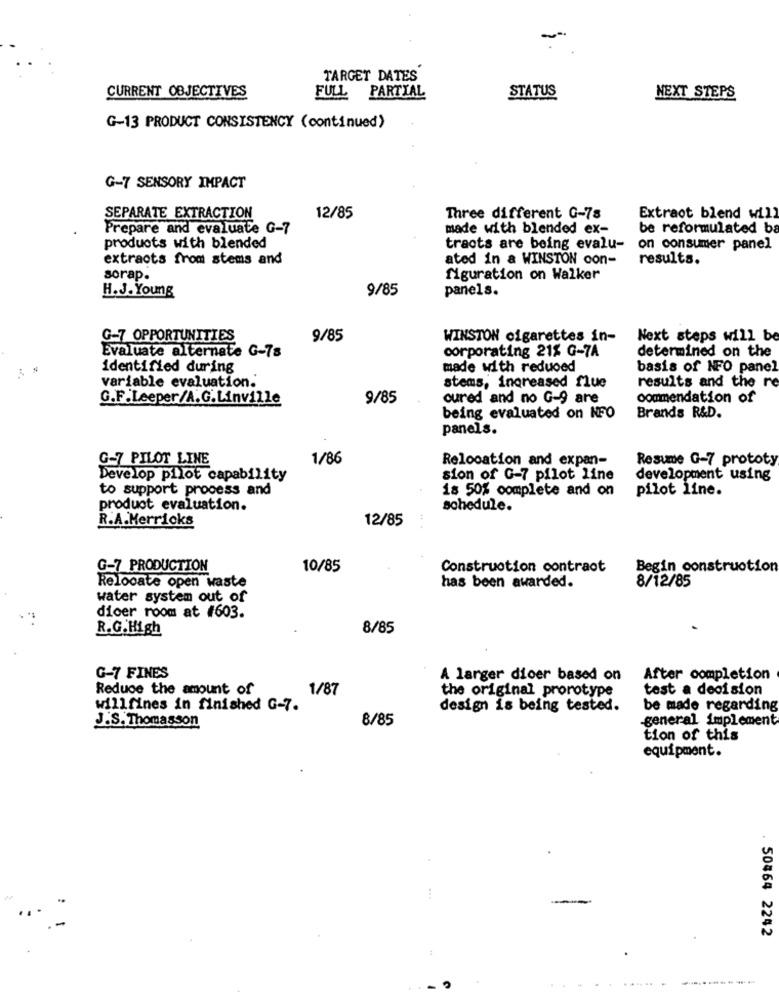
TARGET DATES
CURRENT OBJECTIVES
FULL
PARTIAL
STATUS
NEXT STEPS
G-13 PRODUCT CONSISTENCY (continued)
G-7 SENSORY IMPACT
SEPARATE EXTRACTION
12/85
Three different G-78
Extraot blend will
Prepare and evaluate G-7
made with blended ex-
be reformulated ba
products with blended
tracts are being evalu- on consumer panel
extracts from stems and
ated in a WINSTON con-
results.
sorap.
figuration on Walker
H.J. Young
9/85
panels.
G-7 OPPORTUNITIES
9/85
WINSTON cigarettes in-
Next steps will be
Evaluate alternate G-7s
corporating 21% G-7A
determined on the
identified during
made with reduced
basis of NFO panel
variable evaluation.
stems, increased flue
results and the re
G.F.Leeper/A.G.Linville
9/85
oured and no G-9 are
commendation of
being evaluated on NFO
Brands R&D.
panels.
G-7 PILOT LINE
1/86
Relocation and expan-
Resume G-7 prototy
Develop pilot capability
sion of G-7 pilot line
development using
to support process and
18 50% complete and on
pilot line.
product evaluation.
schedule.
R.A.Merricks
12/85
G-7 PRODUCTION
10/85
Construction contraot
Begin construction
has been awarded.
Relocate open waste
8/12/85
water system out of
dicer room at #603.
R.G.High
8/85
G-7 FINES
A larger dicer based on
After completion
Reduce the amount of
1/87
the original prorotype
test a decision
willfines in finished G-7.
design is being tested.
be made regarding
8/85
general implement
J.S. Thomasson
tion of this
equipment.
...
. 50464 2242